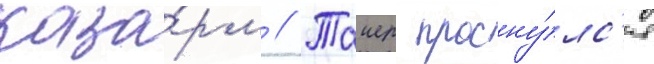
каза́рм // Таиер просну́лс'я